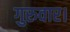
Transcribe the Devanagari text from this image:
गुरुवार।